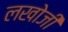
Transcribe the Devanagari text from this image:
लखोजी